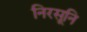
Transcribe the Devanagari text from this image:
निरसूनि